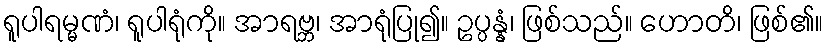
ရူပါရမ္မဏံ၊ ရူပါရုံကို။ အာရဗ္ဘ၊ အာရုံပြု၍။ ဥပ္ပန္နံ၊ ဖြစ်သည်။ ဟောတိ၊ ဖြစ်၏။